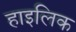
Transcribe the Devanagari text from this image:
हाइलिक